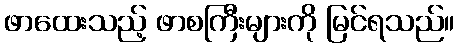
ဖာထေးသည့် ဖာစကြီးများကို မြင်ရသည်။